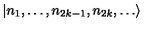
| n _ { 1 } , \dots , n _ { 2 k - 1 } , n _ { 2 k } , \dots \rangle